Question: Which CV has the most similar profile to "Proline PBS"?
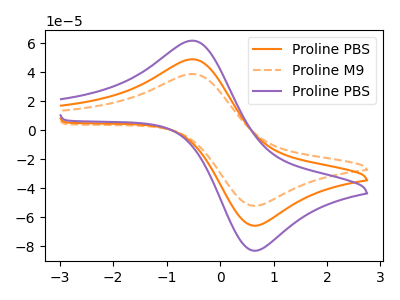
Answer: <think>The orange curve "Proline PBS" has an anodic peak at (-0.50V, 48.85uA) and a cathodic peak at (0.60V, -65.45uA). The orange dashed curve "Proline M9" has an anodic peak at (-0.50V, 38.70uA) and a cathodic peak at (0.60V, -51.85uA). The purple curve "Proline PBS" has an anodic peak at (-0.50V, 97.70uA) and a cathodic peak at (0.60V, -130.85uA).
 All the peaks in "Proline PBS" have a peak in "Proline M9" at the same potential. Every peak in "Proline PBS" is higher than every peak in "Proline M9". All the peaks in "Proline PBS" have a peak in "Proline PBS" at the same potential. Every peak in "Proline PBS" is lower than every peak in "Proline PBS". All the peaks in "Proline M9" have a peak in "Proline PBS" at the same potential. Every peak in "Proline M9" is lower than every peak in "Proline PBS".</think>
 <answer>"Proline PBS" and "Proline PBS" have a similar shape to "Proline M9".</answer>
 <eval>"Proline PBS" "Proline PBS"</eval>